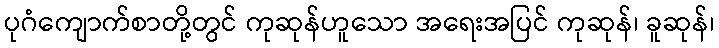
ပုဂံကျောက်စာတို့တွင် ကုဆုန်ဟူသော အရေးအပြင် ကုဆုန်၊ ခူဆုန်၊